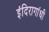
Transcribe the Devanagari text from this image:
इंदिरागांधी